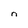
Character: n